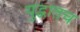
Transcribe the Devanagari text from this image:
युद्धातच